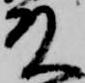
殿